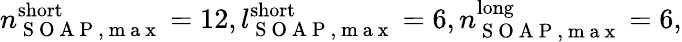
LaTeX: n_{\mathrm{~S~O~A~P~,~m~a~x~}}^{\mathrm{short}}=12,l_{\mathrm{~S~O~A~P~,~m~a~x~}}^{\mathrm{short}}=6,n_{\mathrm{~S~O~A~P~,~m~a~x~}}^{\mathrm{long}}=6,